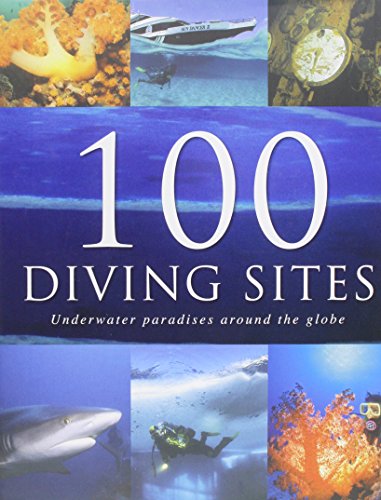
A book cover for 100 Diving Sites; Parragon Books; Travel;